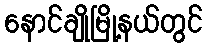
နောင်ချိုမြို့နယ်တွင်